system: You are a helpful assistant.
user:
Analyze the provided spectrum to determine if it is a **White Dwarf (WD)**.

A White Dwarf spectrum is defined by its **extreme purity** (due to gravitational settling) and/or **extreme pressure broadening** (due to high surface gravity). You must check for one of the following mutually exclusive signatures:

- **Key Visual Indicators (Check for ONE of these types):**

    - **1. DA-Type Signature (Most Common):**
        - **(Primary Feature):** Extreme pressure broadening (Stark broadening) of the **Hydrogen (H) Balmer lines**.
        - **(Key Lines):** $H\beta$ (approx. $4861$ Å) and $H\gamma$ (approx. $4340$ Å). $H\alpha$ (approx. $6563$ Å) will also be present if the wavelength range covers it.
        - **(Line Profile):** This is the **defining feature**. The lines are **NOT** sharp. They appear as massive, **extremely broad and deep "troughs" or "dips"** in the spectrum, often hundreds of Ångströms wide. The continuum will appear to "scoop" down at these wavelengths.
        - **(Distinction):** Normal A-type or B-type stars have *narrow* and *sharp* Hydrogen lines. A DA White Dwarf's lines are unmistakably "smeared" or "blurry" from pressure.

    - **2. DB-Type Signature:**
        - **(Primary Feature):** Broad absorption lines from **Neutral Helium (He I)**. The spectrum must lack any visible Hydrogen lines.
        - **(Key Lines):** Look for broad absorption near $4471$ Å, $4921$ Å, and $5876$ Å.
        - **(Line Profile):** These lines are also significantly pressure-broadened, appearing much wider than they would in a normal B-type main-sequence star.

    - **3. DC-Type Signature:**
        - **(Primary Feature):** A **featureless continuous spectrum**.
        - **(Line Profile):** The spectrum is a smooth curve with **no significant absorption or emission lines**.
        - **(Key Confirmation):** The continuum is almost always **blue or white**, indicating a hot object. This signature implies the atmosphere is so pure (or so cool) that no spectral lines are visible in the optical range. Its WD identity is confirmed by its extremely low intrinsic brightness (high absolute magnitude).

    - **4. DZ-Type Signature (Metal-Polluted):**
        - **(Primary Feature):** **Isolated, narrow metal absorption lines** on an otherwise featureless (DC-like) continuum.
        - **(Key Lines):** The **Calcium (Ca II) H & K doublet** (approx. **$3934$ Å** and **$3968$ Å**) is the most common and defining feature.
        - **(Line Profile):** These lines are "out of place." They are *not* part of a "forest" of thousands of lines. This signature is evidence of recent *accretion* (pollution) from rocky debris.
        - **(Distinction):** Normal G/K/M stars have a *dense forest* of thousands of metal lines. A DZ has a *clean* continuum with *only a few* strong metal lines.

    - **5. DQ-Type Signature (Carbon-Polluted):**
        - **(Primary Feature):** Absorption bands from **Carbon (C₂ "Swan Bands" or atomic C I)**.
        - **(Key Lines - C₂):** Look for bandheads with a "saw-tooth" shape near $5635$ Å, **$5165$ Å** (strongest), and $4737$ Å.
        - **(Key Confirmation):** The underlying **continuum must be blue or white** (hot).
        - **(Distinction):** This is the critical difference from a **Carbon Star**, which has the *exact same* C₂ bands but on an extremely **red, cool** continuum.

- **(Overall Spectrum):**
    - The continuum (overall shape) is typically **blue-sloping** (brighter in the blue than the red), as most white dwarfs are very hot.
    - The spectrum will look "pure" or "simple," dominated by only *one* of the five signatures listed above.

Think first, call **spectral_visualization_tool** if needed to examine features in detail, then provide your final answer. Your response must adhere to the following strict rules:
1.  **Overall Structure:** Your response must follow the format `<think>...</think> <tool_call>...</tool_call> (if a tool is used) <answer>...</answer>`.
2.  **Tool Usage Constraint:** You may only make **one** tool call per turn.
3.  **Final Answer Format:** In the `<answer>` tag, your conclusion must be inside a `\boxed{}` command (e.g., `\boxed{YES}` or `\boxed{NO}`), followed by your justification.

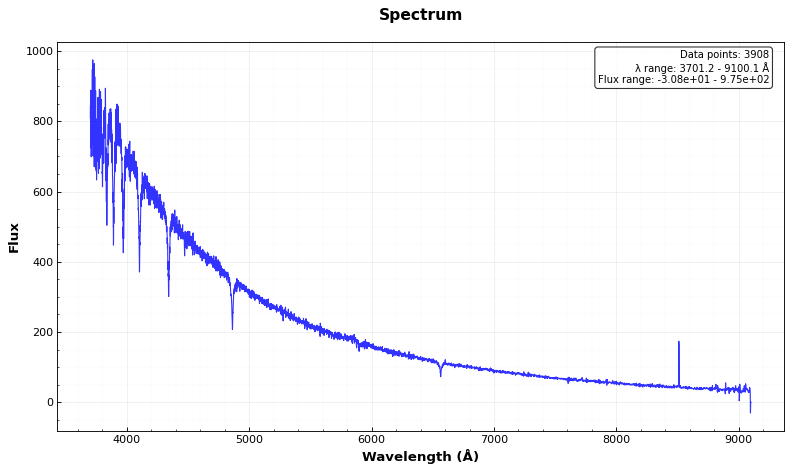
Answer: YES